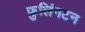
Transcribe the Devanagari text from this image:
फुलिंगटन